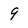
Character: 9